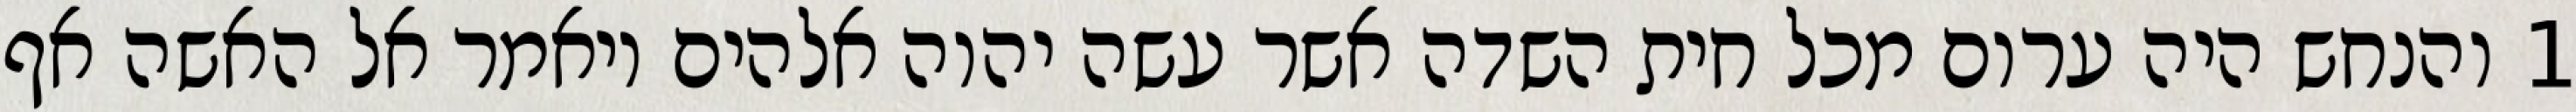
1 והנחש היה ערום מכל חית השדה אשר עשה יהוה אלהים ויאמר אל האשה אף